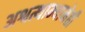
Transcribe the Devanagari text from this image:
अश्वत्थाम्यानेही